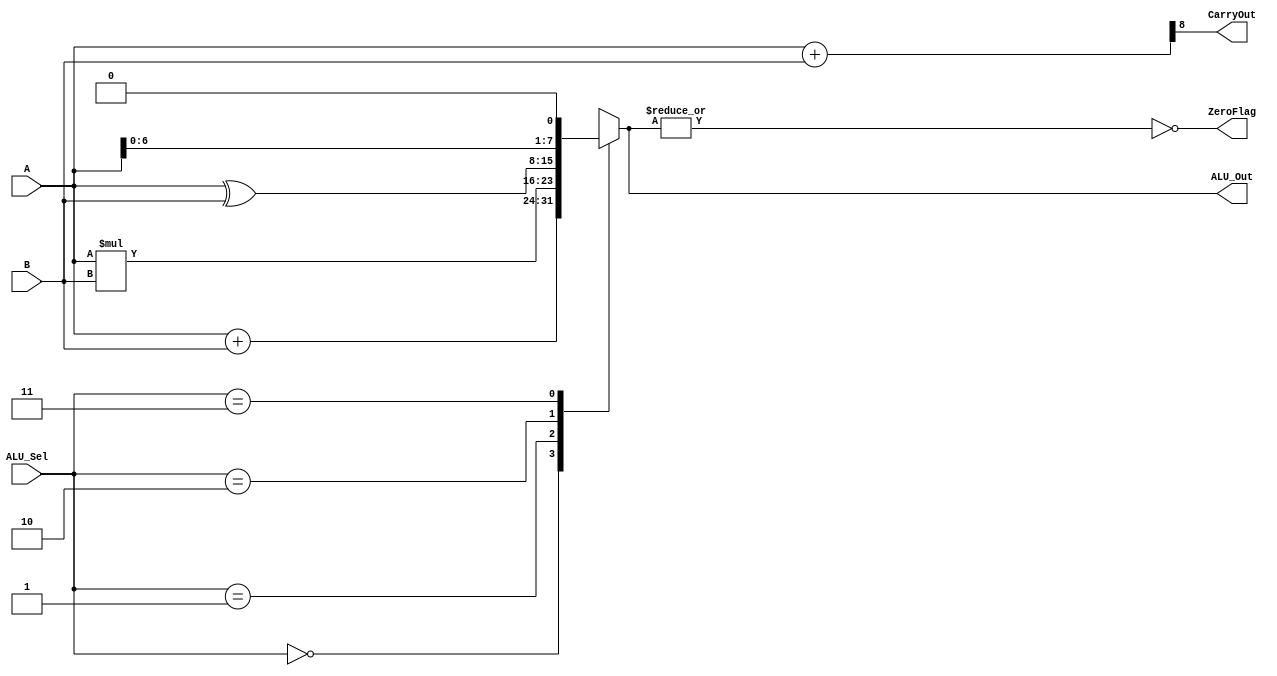
module ALU (
    input [7:0] A,B,  // ALU 8-bit Inputs                 
    input [1:0] ALU_Sel,// ALU Selection
    output reg [7:0] ALU_Out, // ALU 8-bit Output
    output CarryOut, // Carry Out Flag
    output ZeroFlag // Zero Flag
    );
    
    reg [7:0] ALU_Result;
    wire [8:0] tmp;
    wire is_zero;
    
    assign ALU_Out = ALU_Result; // ALU out
    assign tmp = {1'b0,A} + {1'b0,B};
    assign CarryOut = tmp[8]; // Carryout flag

    assign is_zero = ~(|ALU_Result);
    assign ZeroFlag = is_zero;
    
    always @(*)
    begin
        case(ALU_Sel)
        2'b00: // Addition
           ALU_Result = A + B ; 
        2'b01: // Multiplication
           ALU_Result = A * B ;
        2'b10: //  Logical xor 
           ALU_Result = A ^ B;
        2'b11: // Logical shift left
           ALU_Result = A<<1;
        endcase
    end

endmodule